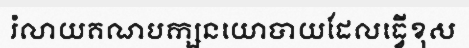
រំលាយគណបក្សនយោបាយដែលធ្វើខុស